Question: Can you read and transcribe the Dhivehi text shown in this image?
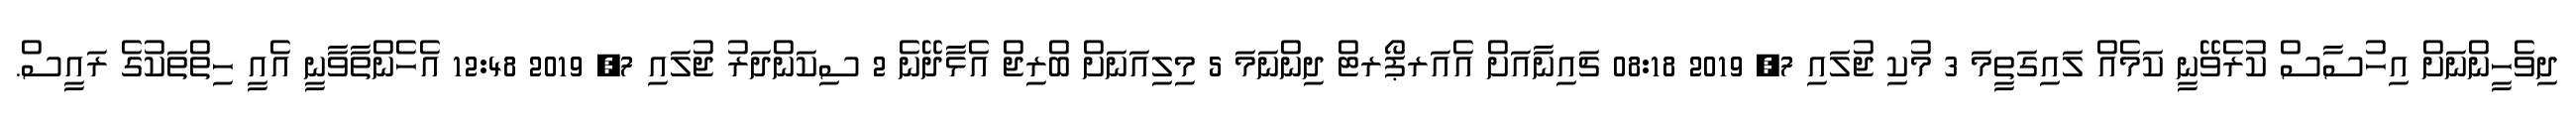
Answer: ދިވެހީންނަށް އިހުސާސް ކުރެވޭނީ ކަމެއް ލައިގަތީމަ 3 މުކި ޖުލައި 7, 2019 08:18 ޗައިނާއަށް އެއަރޕޯރޓް ދިންނަމަ 5 މިލިއަނަށް ބްރިޖް އެޅާދޭނެ 2 ސިކަންދަރު ޖުލައި 7, 2019 12:48 އެހެންތާވާނީ އެއީ ހިތްތަކުގެ ރައީސް.